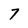
Character: 7